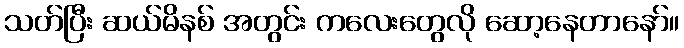
သတ်ပြီး ဆယ်မိနစ် အတွင်း ကလေးတွေလို ဆော့နေတာနော်။